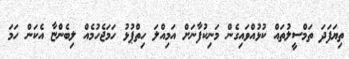
ތިޔަފަދަ ތަމްސީލުތައް ކުޅުއްވައިގެން މަނިކުފާނަށް އަމިއްލަ ހިތްޕުޅު ހަމަޖެހުމެއް ލިބެންޏާ އެކަން ހަމަ